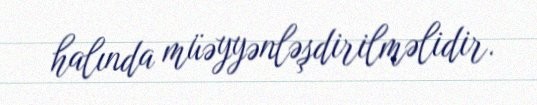
halında müəyyənləşdirilməlidir.